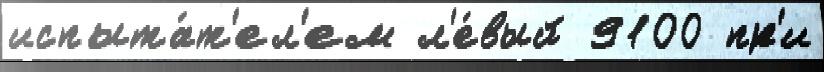
испыта́т'ел'ем л'е́вый 9100 пр'и